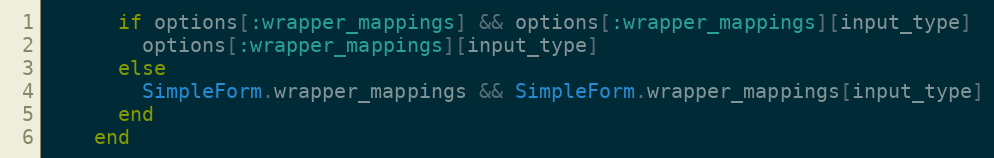
Language: Ruby
      if options[:wrapper_mappings] && options[:wrapper_mappings][input_type]
        options[:wrapper_mappings][input_type]
      else
        SimpleForm.wrapper_mappings && SimpleForm.wrapper_mappings[input_type]
      end
    end